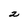
Character: 2